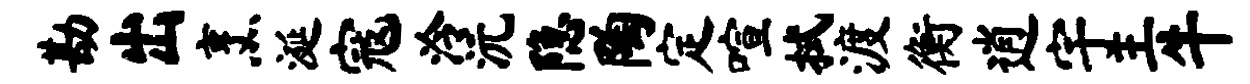
勘出烹涎寇泠沅隐陶定喧拭渡衡逍宇王牛